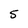
Character: 5